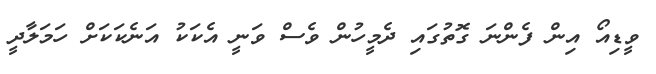
ވީޑިއޯ އިން ފެންނަ ގޮތުގައި ދެމީހުން ވެސް ވަނީ އެކަކު އަނެކަކަށް ހަމަލާދީ